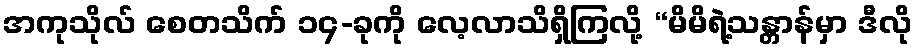
အကုသိုလ် စေတသိက် ၁၄-ခုကို လေ့လာသိရှိကြလို့ “မိမိရဲ့သန္တာန်မှာ ဒီလို